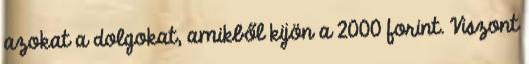
azokat a dolgokat, amikből kijön a 2000 forint. Viszont